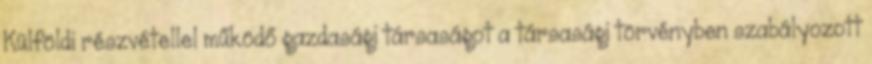
Külföldi részvétellel működő gazdasági társaságot a társasági törvényben szabályozott